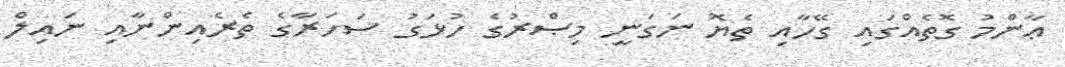
ޢާންމު ގޮތެއްގައި ގޭހާއި ތެޔޮ ނަގަނީ މިޞްރުގެ ހުޅަގު ސަހަރާގެ ތެރެއިންނާއި ނައިލް